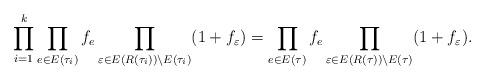
LaTeX: \begin{align*}\prod_{i=1}^k \prod\limits_{e \in E(\tau_i)}f_e \prod\limits_{\varepsilon \in E(R(\tau_i)) \setminus E(\tau_i)}(1+f_{\varepsilon}) &= \prod\limits_{e \in E(\tau)}f_e \prod\limits_{\varepsilon \in E(R(\tau)) \setminus E(\tau)}(1+f_{\varepsilon}). \end{align*}